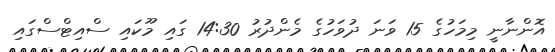
އޮންނާނީ މިމަހުގެ 15 ވަނަ ދުވަހުގެ މެންދުރު 14:30 ގައި މޫކައި ސްއިޓްސްގައި